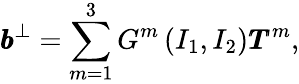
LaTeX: \pmb{b}^{\bot}=\sum_{m=1}^{3}G^{m}\left(I_{1},I_{2}\right)\pmb{T}^{m},